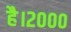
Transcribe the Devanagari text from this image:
है।२०००